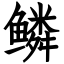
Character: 鳞